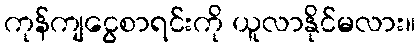
ကုန်ကျငွေစာရင်းကို ယူလာနိုင်မလား။